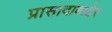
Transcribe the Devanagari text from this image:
प्रासादाबाहेर